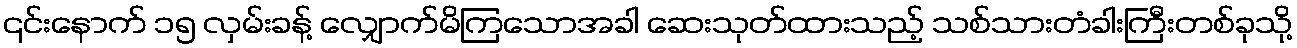
၎င်းနောက် ၁၅ လှမ်းခန့် လျှောက်မိကြသောအခါ ဆေးသုတ်ထားသည့် သစ်သားတံခါးကြီးတစ်ခုသို့